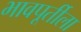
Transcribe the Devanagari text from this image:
भावपूर्तीला